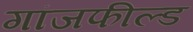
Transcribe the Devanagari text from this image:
गांजफील्ड